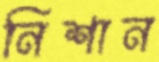
নিশান